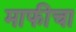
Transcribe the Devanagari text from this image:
माफीचा